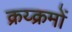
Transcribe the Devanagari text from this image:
क्रय्क्रमों